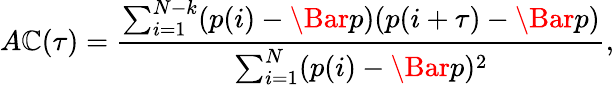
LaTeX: A\mathbb{C}(\tau)=\frac{{\sum_{i=1}^{N-k}(p(i)-\Bar{p})(p(i+\tau)-\Bar{p})}}{{\sum_{i=1}^{N}(p(i)-\Bar{p})^{2}}},